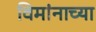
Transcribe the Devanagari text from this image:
विमांनाच्या